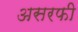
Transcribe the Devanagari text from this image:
असरफी